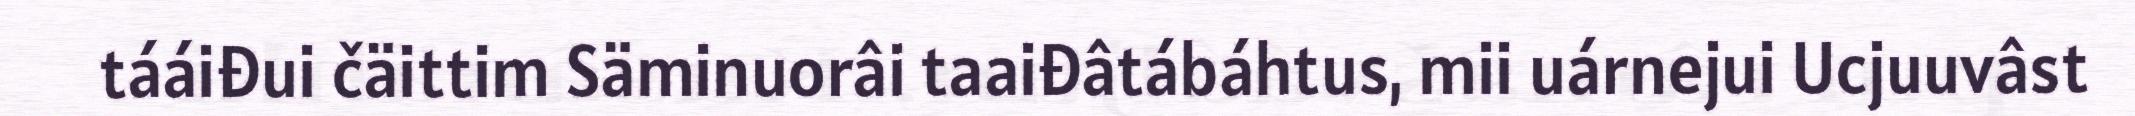
tááiđui čäittim Säminuorâi taaiđâtábáhtus, mii uárnejui Ucjuuvâst